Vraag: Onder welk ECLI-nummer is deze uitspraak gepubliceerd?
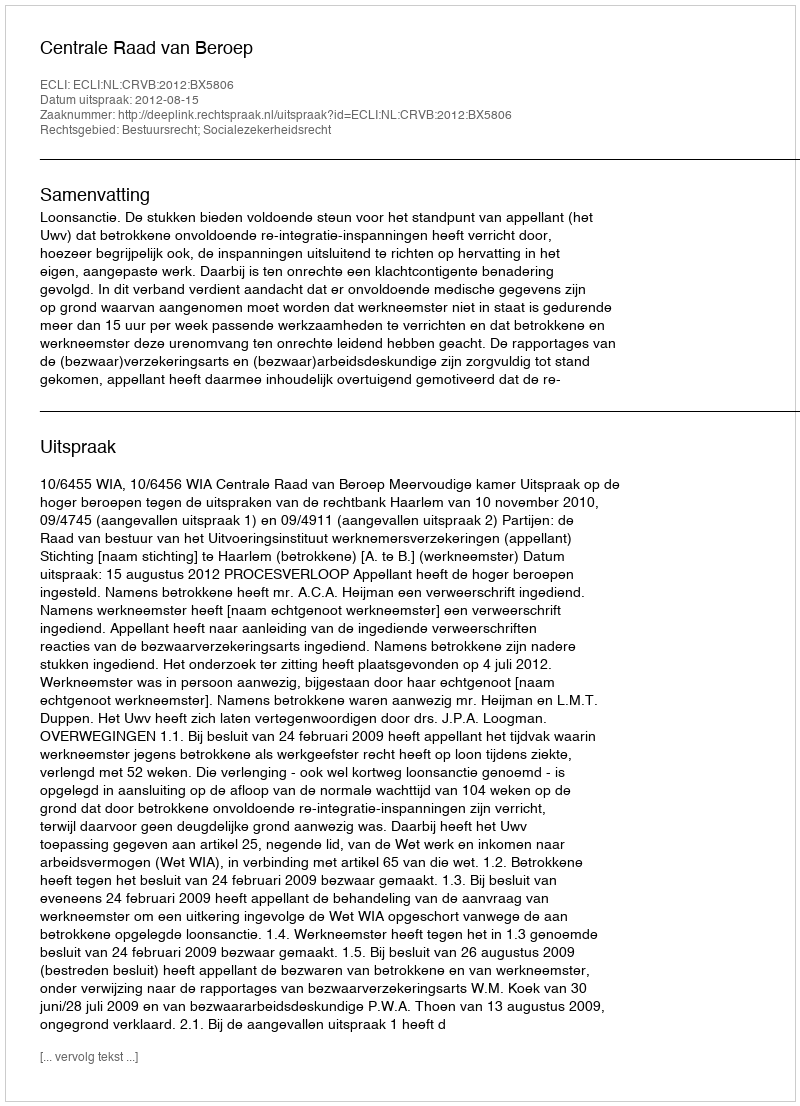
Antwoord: ECLI:NL:CRVB:2012:BX5806